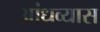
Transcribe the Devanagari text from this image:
आंध्रव्यास